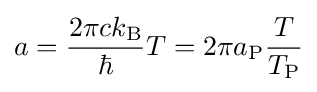
a={\frac {2\pi ck_{\mathrm {B} }}{\hbar }}T=2\pi a_{\mathrm {P} }{\frac {T}{T_{\mathrm {P} }}}